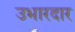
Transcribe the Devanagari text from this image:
उभारदार